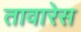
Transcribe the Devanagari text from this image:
तावारेस